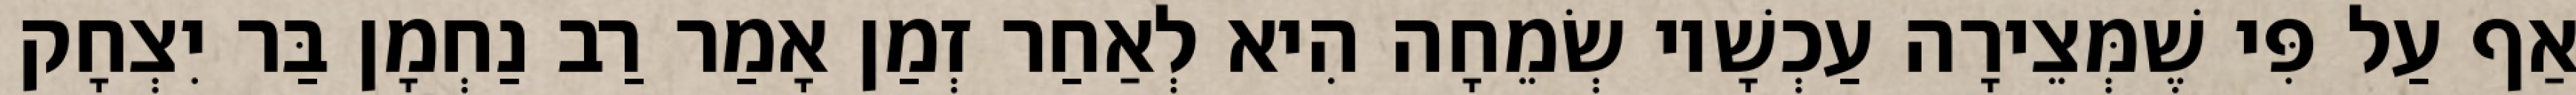
אַף עַל פִּי שֶׁמְּצֵירָה עַכְשָׁיו שְׂמֵחָה הִיא לְאַחַר זְמַן אָמַר רַב נַחְמָן בַּר יִצְחָק